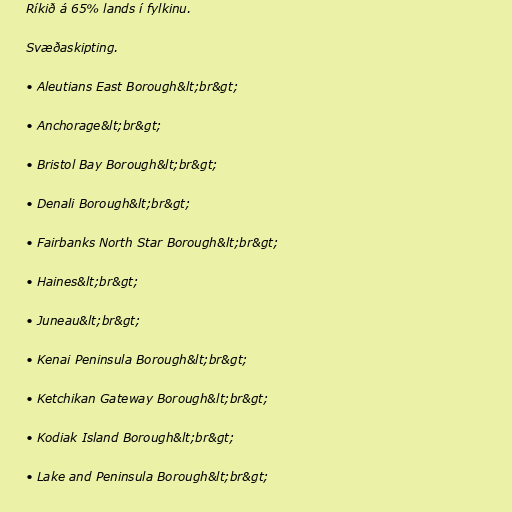
Ríkið á 65% lands í fylkinu.

Svæðaskipting.

• Aleutians East Borough&lt;br&gt;

• Anchorage&lt;br&gt;

• Bristol Bay Borough&lt;br&gt;

• Denali Borough&lt;br&gt;

• Fairbanks North Star Borough&lt;br&gt;

• Haines&lt;br&gt;

• Juneau&lt;br&gt;

• Kenai Peninsula Borough&lt;br&gt;

• Ketchikan Gateway Borough&lt;br&gt;

• Kodiak Island Borough&lt;br&gt;

• Lake and Peninsula Borough&lt;br&gt;